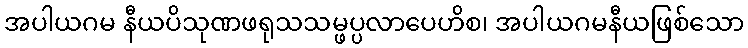
အပါယဂမ နီယပိသုဏဖရုသသမ္ဖပ္ပလာပေဟိစ၊ အပါယဂမနီယဖြစ်သော